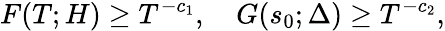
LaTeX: F(T;H)\geq T^{-c_{1}},\quad G(s_{0};\Delta)\geq T^{-c_{2}},